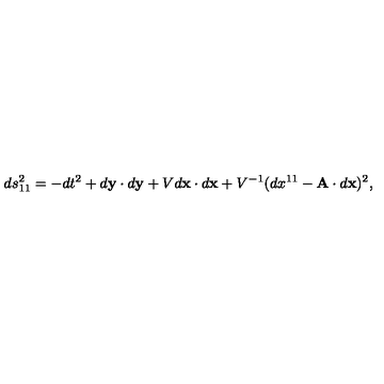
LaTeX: d s _ { 1 1 } ^ { 2 } = - d t ^ { 2 } + d { \bf y } \cdot d { \bf y } + V d { \bf x } \cdot d { \bf x } + V ^ { - 1 } ( d x ^ { 1 1 } - { \bf A } \cdot d { \bf x } ) ^ { 2 } ,